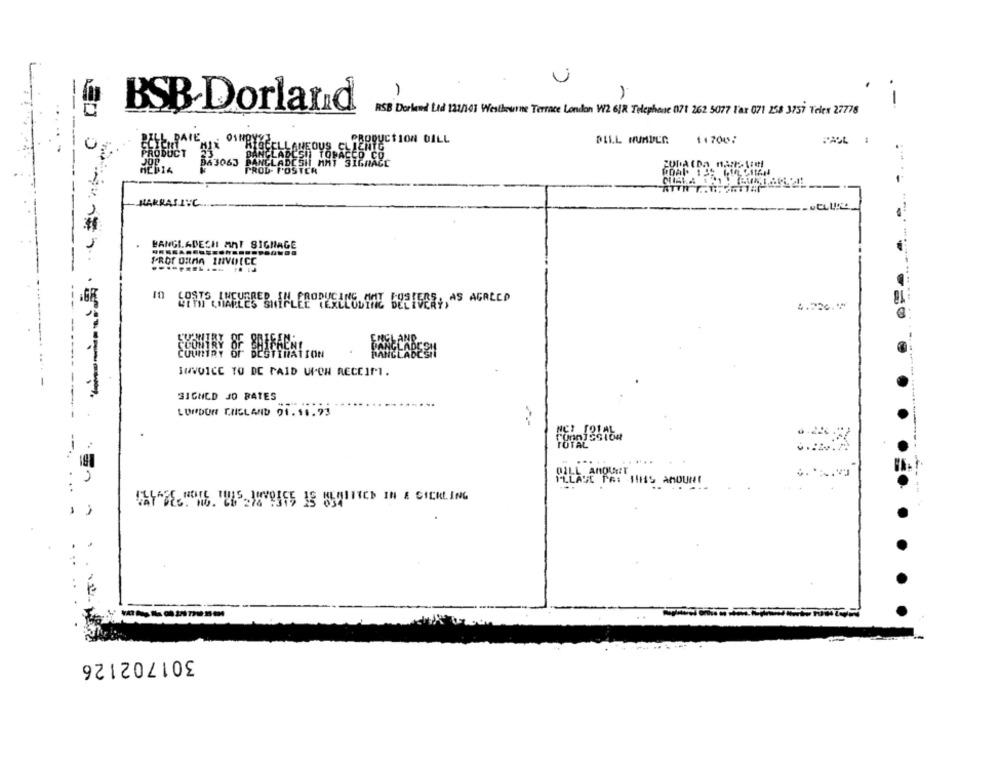
U
1
BSB Dorland
RSB Dorlend Lid 121/141 Westhewine Terrace London W2 6/R Telephone 071 262 5077 Far 071 258 3757 Telex 27778
11700:
----.
TION DILL
BILL NUMBER
:"ASL
0
BANGLADESH ANT SIGHAGE
PROF ORMA INVOICC
10
INVOICE TO BE PAID UPON RECEIM.
-----
31GNCD JO BATES
LONDON CHGLAND 91.11.73
----
THIS AMOUNT
---
301702126